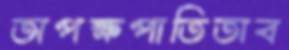
অপক্ষপাতিতাব